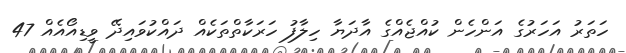
ހަތަރު އަހަރުގެ އަންހެން ކުއްޖެއްގެ އާދަޔާ ހިލާފު ހަރަކާތްތަކެއް ދައްކުވައިދޭ ވީޑިއޯއެއް 47